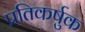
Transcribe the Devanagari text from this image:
प्रतिकर्षुक